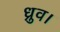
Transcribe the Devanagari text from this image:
ध्रुव।